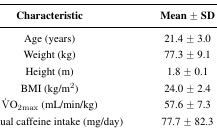
<table><thead><tr><td><b>Characteristic</b></td><td><b>Mean ± SD</b></td></tr></thead><tbody><tr><td>Age (years)</td><td>21.4 ± 3.0</td></tr><tr><td>Weight (kg)</td><td>77.3 ± 9.1</td></tr><tr><td>Height (m)</td><td>1.8 ± 0.1</td></tr><tr><td>BMI (kg/m<sup>2</sup>)</td><td>24.0 ± 2.4</td></tr><tr><td>V̇O<sub>2</sub><sub>max</sub> (mL/min/kg)</td><td>57.6 ± 7.3</td></tr><tr><td>Habitual caffeine intake (mg/day)</td><td>77.7 ± 82.3</td></tr></tbody></table>